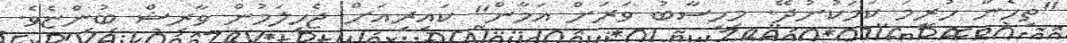
"ތިހެން ހުރީމަ ކަމަކުނުދޭ. މިހިސާބު ވަރަށް އަމާން" ކައިރިއަށް ޖެހިލަމުން ވާރިޝް ބުންޏެވެ.